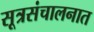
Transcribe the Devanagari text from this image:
सूत्रसंचालनात